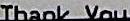
THANK YOU